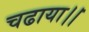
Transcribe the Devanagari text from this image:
चढाया।।